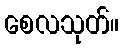
စေလသုတ်။